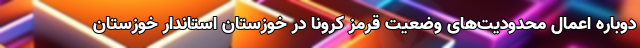
دوباره اعمال محدودیت‌های وضعیت قرمز کرونا در خوزستان استاندار خوزستان